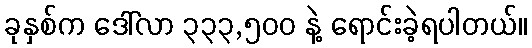
ခုနှစ်က ဒေါ်လာ ၃၃၃,၅၀၀ နဲ့ ရောင်းခဲ့ရပါတယ်။